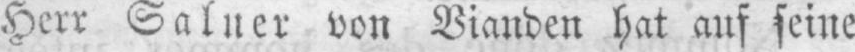
Herr Salner von Bianden hat auf seine